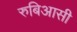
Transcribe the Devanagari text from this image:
रुबिआसी